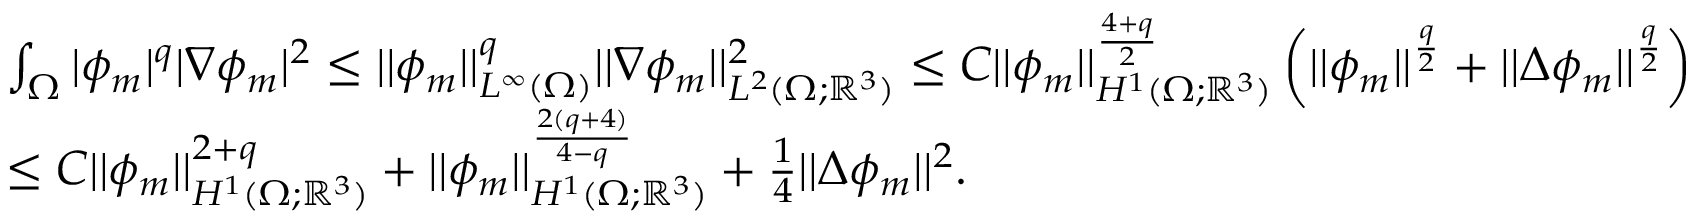
\begin{array} { r l } & { \int _ { \Omega } | \phi _ { m } | ^ { q } | \nabla \phi _ { m } | ^ { 2 } \leq | | \phi _ { m } | | _ { L ^ { \infty } ( \Omega ) } ^ { q } | | \nabla \phi _ { m } | | _ { L ^ { 2 } ( \Omega ; \mathbb { R } ^ { 3 } ) } ^ { 2 } \leq C | | \phi _ { m } | | _ { H ^ { 1 } ( \Omega ; \mathbb { R } ^ { 3 } ) } ^ { \frac { 4 + q } { 2 } } \left( | | \phi _ { m } | | ^ { \frac { q } { 2 } } + | | \Delta \phi _ { m } | | ^ { \frac { q } { 2 } } \right) } \\ & { \leq C | | \phi _ { m } | | _ { H ^ { 1 } ( \Omega ; \mathbb { R } ^ { 3 } ) } ^ { 2 + q } + | | \phi _ { m } | | _ { H ^ { 1 } ( \Omega ; \mathbb { R } ^ { 3 } ) } ^ { \frac { 2 ( q + 4 ) } { 4 - q } } + \frac { 1 } { 4 } | | \Delta \phi _ { m } | | ^ { 2 } . } \end{array}